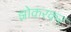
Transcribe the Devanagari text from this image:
झोकरकर